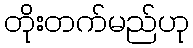
တိုးတက်မည်ဟု